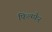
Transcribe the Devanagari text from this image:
फिल्म्फ़ैर